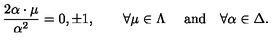
{ \frac { 2 \alpha \cdot \mu } { \alpha ^ { 2 } } } = 0 , \pm 1 , \quad \quad \forall \mu \in \Lambda \quad \ \mathrm { a n d } \quad \forall \alpha \in \Delta .